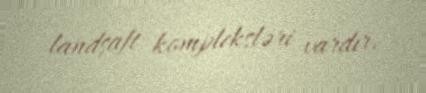
landşaft kompleksləri vardır.